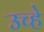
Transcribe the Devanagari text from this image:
उच्हे